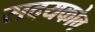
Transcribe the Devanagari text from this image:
सदयकोव